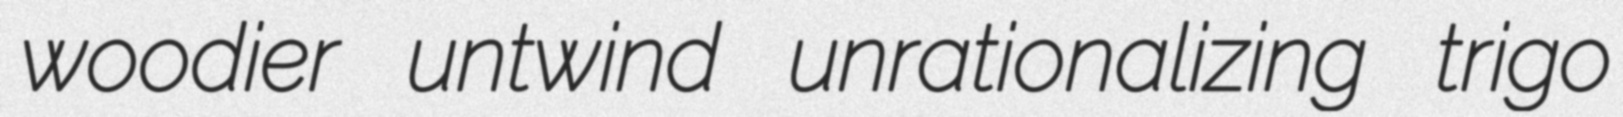
woodier untwind unrationalizing trigo